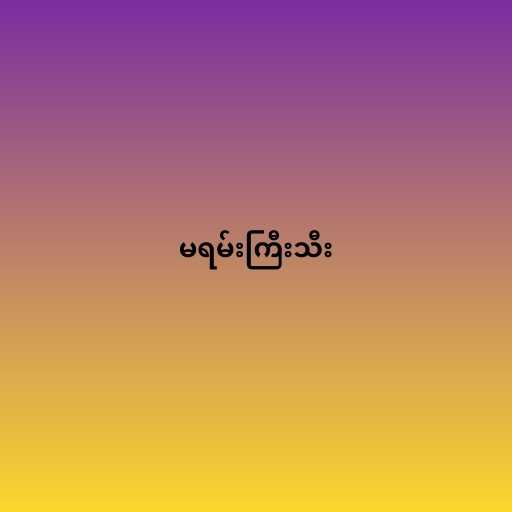
မရမ်းကြီးသီး